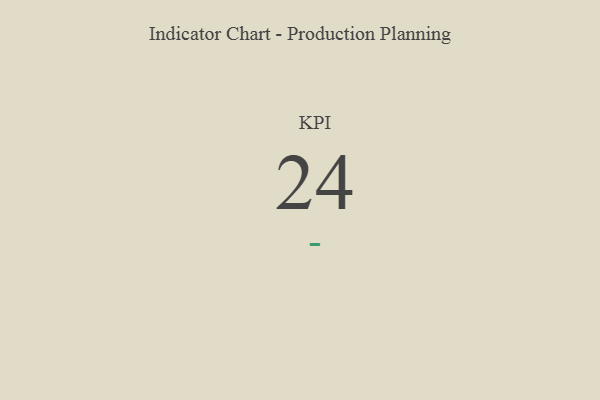
{"axis": {"x": "KPI", "y": "Value"}, "legend": [""], "data": [{"x": "KPI", "y": 24, "type": ""}]}